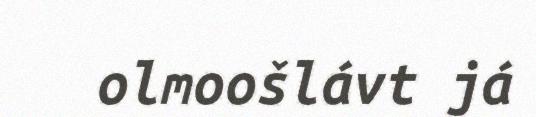
olmoošlávt já